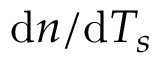
\mathrm { d } n / \mathrm { d } T _ { s }